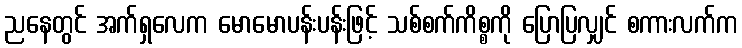
ညနေတွင် အက်ရှလေက မောမောပန်းပန်းဖြင့် သစ်စက်ကိစ္စကို ပြောပြလျှင် စကားလက်က